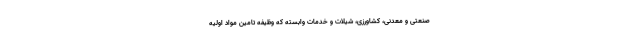
صنعتی و معدنی، کشاورزی، شیلات و خدمات وابسته که وظیفه تامین مواد اولیه